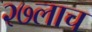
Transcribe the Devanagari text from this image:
२७लाच